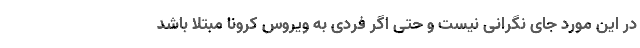
در این مورد جای نگرانی نیست و حتی اگر فردی به ویروس کرونا مبتلا باشد